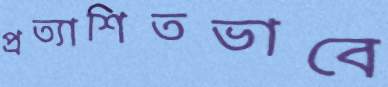
প্রত্যাশিতভাবে